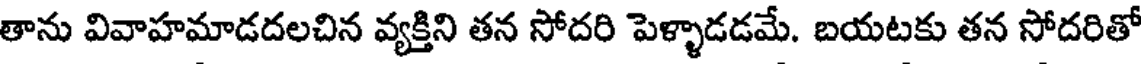
తాను వివాహమాడదలచిన వ్యక్తిని తన సోదరి పెళ్ళాడడమే. బయటకు తన సోదరితో